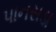
પાનસડા